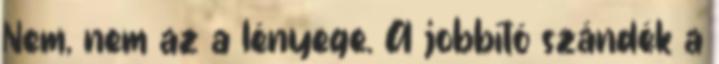
Nem, nem az a lényege. A jobbító szándék a